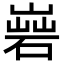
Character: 𡻦